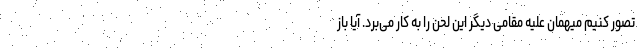
تصور کنیم میهمان علیه مقامی دیگر این لحن را به کار می‌برد. آیا باز